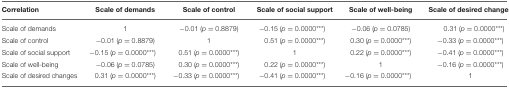
<table><thead><tr><td><b>Correlation</b></td><td><b>Scale of demands</b></td><td><b>Scale of control</b></td><td><b>Scale of social support</b></td><td><b>Scale of well-being</b></td><td><b>Scale of desired changes</b></td></tr></thead><tbody><tr><td>Scale of demands</td><td>1</td><td>−0.01 (<i>p</i> = 0.8879)</td><td>−0.15 (<i>p</i> = 0.0000<sup>***</sup>)</td><td>−0.06 (<i>p</i> = 0.0785)</td><td>0.31 (<i>p</i> = 0.0000<sup>***</sup>)</td></tr><tr><td>Scale of control</td><td>−0.01 (<i>p</i> = 0.8879)</td><td>1</td><td>0.51 (<i>p</i> = 0.0000<sup>***</sup>)</td><td>0.30 (<i>p</i> = 0.0000<sup>***</sup>)</td><td>−0.33 (<i>p</i> = 0.0000<sup>***</sup>)</td></tr><tr><td>Scale of social support</td><td>−0.15 (<i>p</i> = 0.0000<sup>***</sup>)</td><td>0.51 (<i>p</i> = 0.0000<sup>***</sup>)</td><td>1</td><td>0.22 (<i>p</i> = 0.0000<sup>***</sup>)</td><td>−0.41 (<i>p</i> = 0.0000<sup>***</sup>)</td></tr><tr><td>Scale of well-being</td><td>−0.06 (<i>p</i> = 0.0785)</td><td>0.30 (<i>p</i> = 0.0000<sup>***</sup>)</td><td>0.22 (<i>p</i> = 0.0000<sup>***</sup>)</td><td>1</td><td>−0.16 (<i>p</i> = 0.0000<sup>***</sup>)</td></tr><tr><td>Scale of desired changes</td><td>0.31 (<i>p</i> = 0.0000<sup>***</sup>)</td><td>−0.33 (<i>p</i> = 0.0000<sup>***</sup>)</td><td>−0.41 (<i>p</i> = 0.0000<sup>***</sup>)</td><td>−0.16 (<i>p</i> = 0.0000<sup>***</sup>)</td><td>1</td></tr></tbody></table>